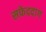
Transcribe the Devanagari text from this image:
सफेददाग